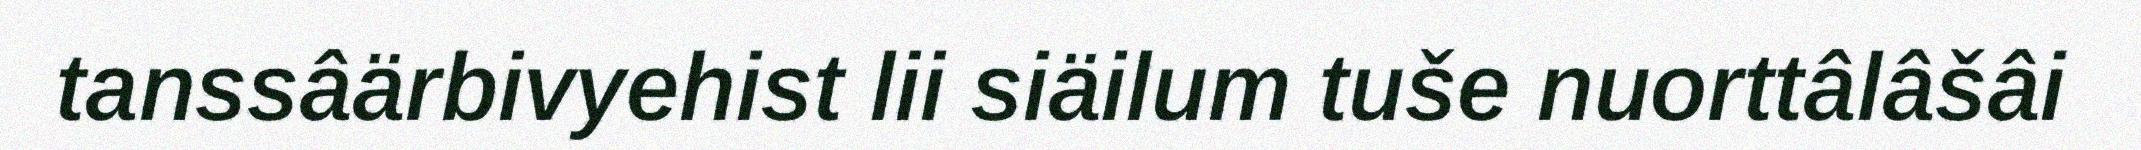
tanssâärbivyehist lii siäilum tuše nuorttâlâšâi